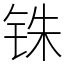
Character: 铢